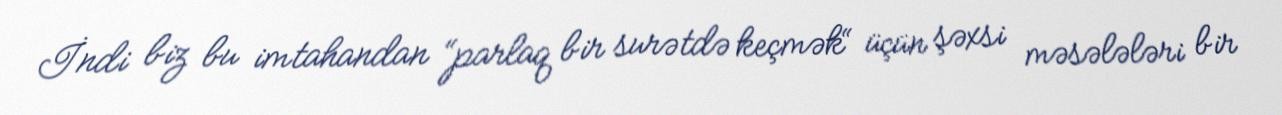
İndi biz bu imtahandan “parlaq bir surətdə keçmək“ üçün şəxsi məsələləri bir